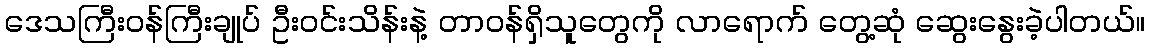
ဒေသကြီးဝန်ကြီးချုပ် ဦးဝင်းသိန်းနဲ့ တာဝန်ရှိသူတွေကို လာရောက် တွေ့ဆုံ ဆွေးနွေးခဲ့ပါတယ်။